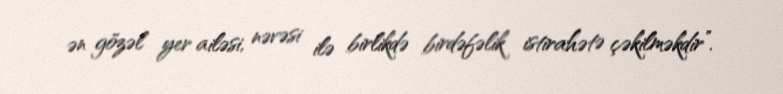
ən gözəl yer ailəsi, nəvəsi ilə birlikdə birdəfəlik istirahətə çəkilməkdir”.